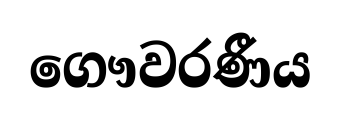
ගෞවරණීය